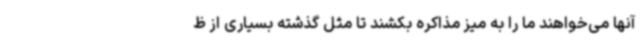
آنها می‌خواهند ما را به میز مذاکره بکشند تا مثل گذشته بسیاری از ظ